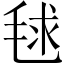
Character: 毬